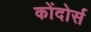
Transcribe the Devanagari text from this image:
कोंदोर्स